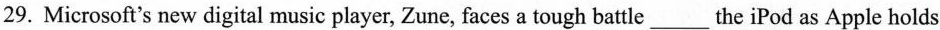
29. Microsoft's new digital music player, Zune, faces a tough battle_the iPod as Apple holds